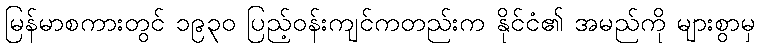
မြန်မာစကားတွင် ၁၉၃၀ ပြည့်ဝန်းကျင်ကတည်းက နိုင်ငံ၏ အမည်ကို များစွာမှ